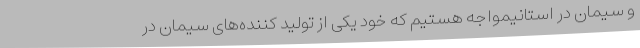
و سیمان در استانیمواجه هستیم که خود یکی از تولید کننده‌های سیمان در